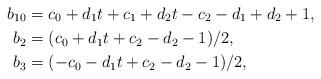
LaTeX: \begin{align*}b_{10} &= c_0 + d_1 t + c_1 + d_2 t - c_2 - d_1 + d_2 + 1, \\ b_2 &= (c_0 + d_1 t + c_2 - d_2 - 1)/2, \\ b_3 &= (-c_0 - d_1 t + c_2 - d_2 - 1)/2,\end{align*}